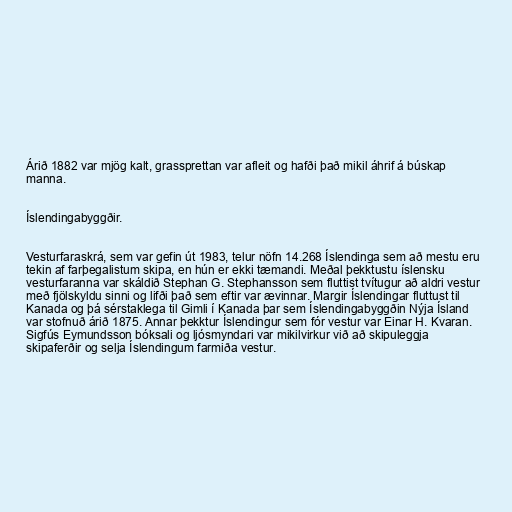
Árið 1882 var mjög kalt, grassprettan var afleit og hafði það mikil áhrif á búskap
manna.

Íslendingabyggðir.

Vesturfaraskrá, sem var gefin út 1983, telur nöfn 14.268 Íslendinga sem að mestu eru
tekin af farþegalistum skipa, en hún er ekki tæmandi. Meðal þekktustu íslensku
vesturfaranna var skáldið Stephan G. Stephansson sem fluttist tvítugur að aldri vestur
með fjölskyldu sinni og lifði það sem eftir var ævinnar. Margir Íslendingar fluttust til
Kanada og þá sérstaklega til Gimli í Kanada þar sem Íslendingabyggðin Nýja Ísland
var stofnuð árið 1875. Annar þekktur Íslendingur sem fór vestur var Einar H. Kvaran.
Sigfús Eymundsson bóksali og ljósmyndari var mikilvirkur við að skipuleggja
skipaferðir og selja Íslendingum farmiða vestur.